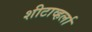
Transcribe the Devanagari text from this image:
शीटाव्हर्ला